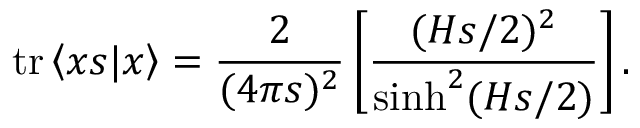
\mathrm { t r } \left< x s | x \right> = { \frac { 2 } { ( 4 \pi s ) ^ { 2 } } } \left[ { \frac { ( H s / 2 ) ^ { 2 } } { \sinh ^ { 2 } ( H s / 2 ) } } \right] .